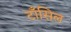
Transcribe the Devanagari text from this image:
टाँसिल